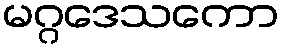
မဂ္ဂဒေသကော